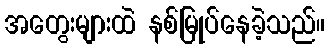
အတွေးများထဲ နစ်မြုပ်နေခဲ့သည်။